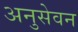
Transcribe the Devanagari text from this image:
अनुसेवन